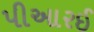
પીઆરઈ